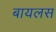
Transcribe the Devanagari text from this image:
बायलस